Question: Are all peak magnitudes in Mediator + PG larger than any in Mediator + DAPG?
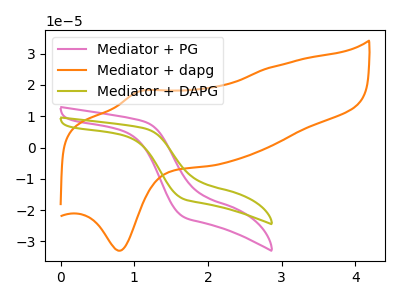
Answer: <think>The pink curve "Mediator + PG" has no peaks. The orange curve "Mediator + dapg" has an anodic peak at (1.05V, 17.85uA) and a cathodic peak at (0.80V, -33.00uA). The olive curve "Mediator + DAPG" has no peaks.</think>
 <answer>Niether CV has any peaks.</answer>
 <eval>blanks</eval>